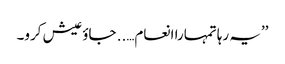
’’یہ رہا تمہارا انعام….. جاؤ عیش کرو۔